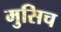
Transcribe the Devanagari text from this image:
मुसिच